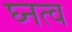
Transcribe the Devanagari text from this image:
घ्नत्व